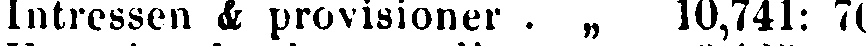
Intressen & provisioner . „ 10,741: 70